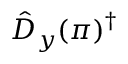
\hat { D } _ { y } ( \pi ) ^ { \dagger }